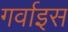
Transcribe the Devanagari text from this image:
गर्वाइस